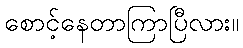
စောင့်နေတာကြာပြီလား။